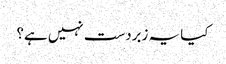
کیا یہ زبردست نہیں ہے؟